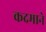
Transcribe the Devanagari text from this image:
कदमाने